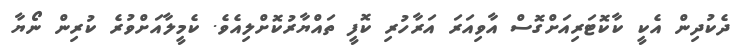
ދެކުދިން އެކީ ކާކޮޓަރިއަށްގޮސް އާވިއަރަ އަރާހުރި ކޮފީ ތައްޔާރުކޮށްލިއެވެ. ކެމީލާއަށްވުރެ ކުރިން ނޯޔާ